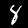
Digit: 8